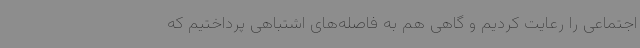
اجتماعی را رعایت کردیم و گاهی هم به فاصله‌های اشتباهی پرداختیم که